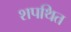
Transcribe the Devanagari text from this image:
शपथित